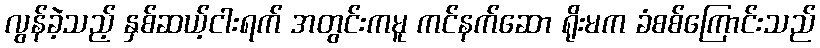
လွန်ခဲ့သည့် နှစ်ဆယ့်ငါးရက် အတွင်းကမူ ကင်နက်ဆော ရိုးမက ခံစစ်ကြောင်းသည်